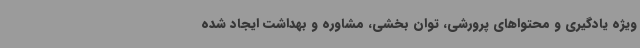
ویژه یادگیری و محتواهای پرورشی، توان بخشی، مشاوره و بهداشت ایجاد شده